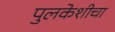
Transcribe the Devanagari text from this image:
पुलकेशीचा